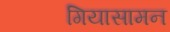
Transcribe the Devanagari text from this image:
गियासामन